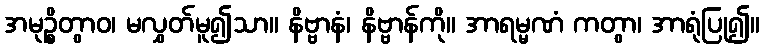
အမုဉ္စိတွာဝ၊ မလွှတ်မူ၍သာ။ နိဗ္ဗာနံ၊ နိဗ္ဗာန်ကို။ အာရမ္မဏံ ကတွာ၊ အာရုံပြု၍။